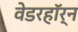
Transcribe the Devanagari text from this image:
वेडरहॉर्न